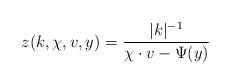
LaTeX: \begin{align*}z(k,\chi,v,y) = \frac{|k|^{-1}}{\chi \cdot v-\Psi(y)}\end{align*}